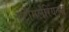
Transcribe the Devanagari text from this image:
एंटीमलेरियल्स